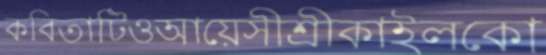
কবিতাটিওআয়েসীশ্রীকাইলকো